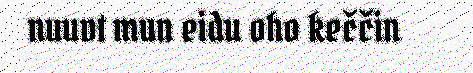
nuuvt mun eidu oho keččin